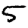
Digit: 5